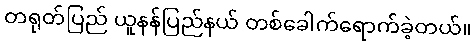
တရုတ်ပြည် ယူနန်ပြည်နယ် တစ်ခေါက်ရောက်ခဲ့တယ်။